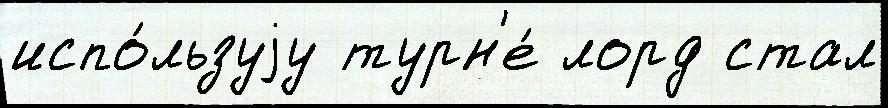
испо́льзуjу турн'е́ лорд стал